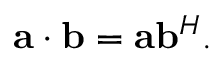
\mathbf { a } \cdot \mathbf { b } = \mathbf { a } \mathbf { b } ^ { H } .